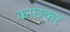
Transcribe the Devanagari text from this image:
काछकर